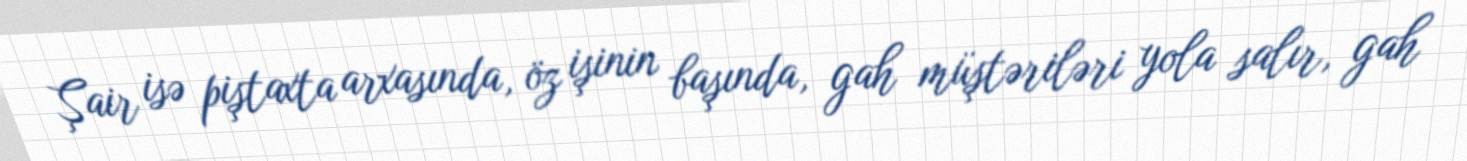
Şair isə piştaxta arxasında, öz işinin başında, gah müştəriləri yola salır, gah